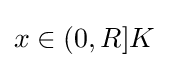
{\textstyle x\in (0,R]K}